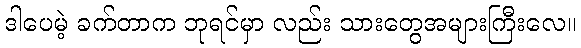
ဒါပေမဲ့ ခက်တာက ဘုရင်မှာ လည်း သားတွေအများကြီးလေ။